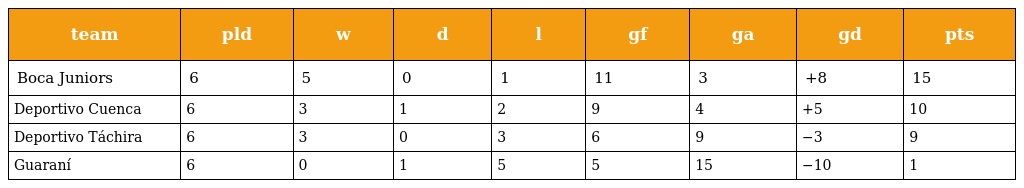
| team | pld | w | d | l | gf | ga | gd | pts |
 | --- | --- | --- | --- | --- | --- | --- | --- | --- |
 | Boca Juniors | 6 | 5 | 0 | 1 | 11 | 3 | +8 | 15 |
 | Deportivo Cuenca | 6 | 3 | 1 | 2 | 9 | 4 | +5 | 10 |
 | Deportivo Táchira | 6 | 3 | 0 | 3 | 6 | 9 | −3 | 9 |
 | Guaraní | 6 | 0 | 1 | 5 | 5 | 15 | −10 | 1 |